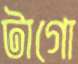
টাগো